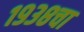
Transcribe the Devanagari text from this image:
१९३८चा